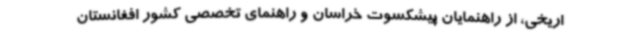
اریخی، از راهنمایان پیشکسوت خراسان و راهنمای تخصصی کشور افغانستان